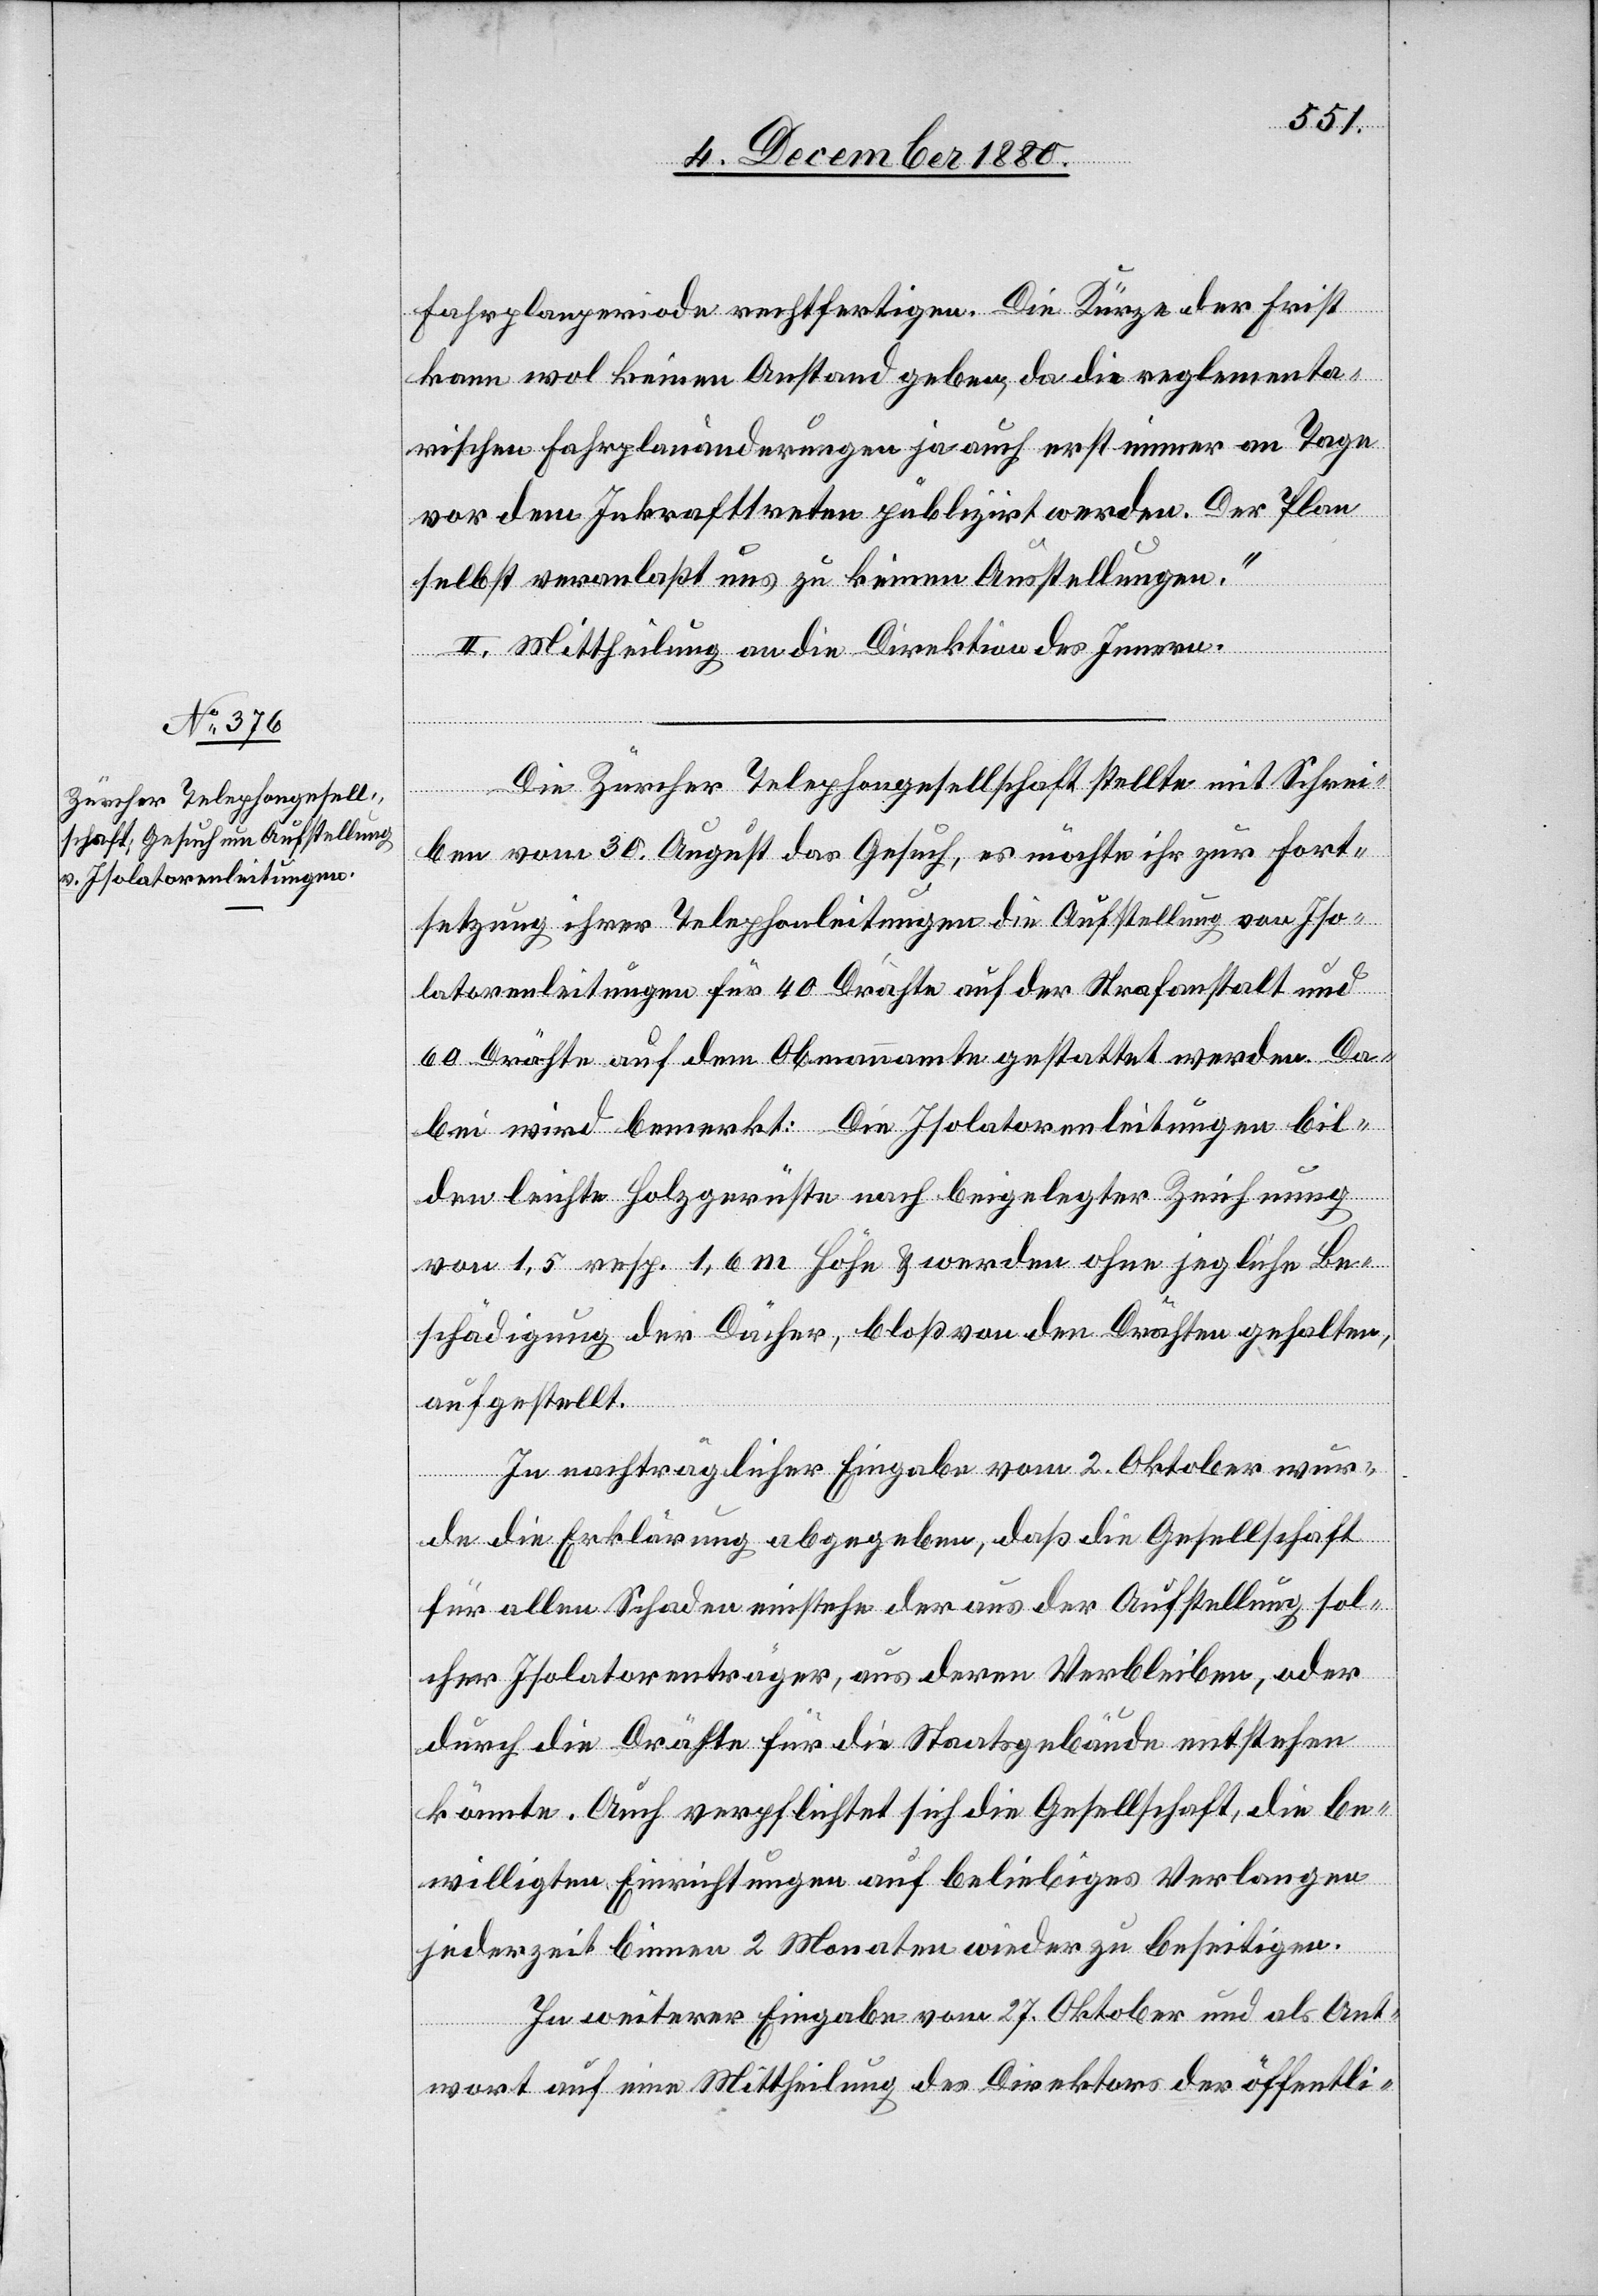
Fahrplanperiode rechtfertigen. Die Kürze der Frist
kann wol keinen Anstand geben, da die reglementa¬
rischen Fahrplanänderungen ja auch erst immer am Tage
vor dem Inkrafttreten publizirt werden. Der Plan
selbst veranlaßt uns zu keinen Ausstellungen.“
II. Mittheilung an die Direktion des Innern.
Die Zürcher Telephongesellschaft stellte mit Schrei¬
ben vom 30. August das Gesuch, es möchte ihr zur Fort¬
setzung ihrer Telephonleitungen die Aufstellung von Iso¬
latorenleitungen für 40 Drähte auf der Strafanstalt und
60 Drähte auf dem Obmannamte gestattet werde. Da¬
bei wird bemerkt: Die Isolatorenleitungen bil¬
den leichte Holzgerüste nach beigelegter Zeichnung
von 1,5 resp. 1,6 m Höhe & werden ohne jegliche Be¬
schädigung der Dächer, bloß von den Drähten gehalten
aufgestellt.
In nachträglicher Eingabe vom 2. Oktober wur¬
de die Erklärung abgegeben, daß die Gesellschaft
für allen Schaden einstehe der aus der Aufstellung sol¬
cher Isolatorenträger, aus deren Verbleiben, oder
durch die Drähte für die Staatsgebäude entstehen
könnte. Auch verpflichtet sich die Gesellschaft, die be¬
willigten Einrichtungen auf beliebiges Verlangen
jederzeit binnen 2 Monaten wieder zu beseitigen.
In weiterer Eingabe vom 27. Oktober und als Ant¬
wort auf eine Mittheilung des Direktors der öffentli-